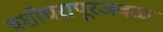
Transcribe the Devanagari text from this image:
यशोधरापूरजवळ